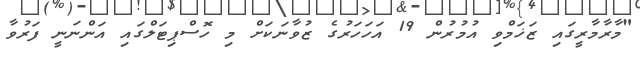
"މާރާމާރީގައި ޒަޚަމްވި އުމުރުން 19 އަހަހަރުގެ ޒުވާނަކަށް މި ހޮސްޕިޓަލްގައި އަންނަނީ ފަރުވާ